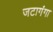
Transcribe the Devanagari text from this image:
जटागंगा